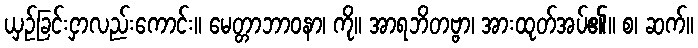
ယှဉ်ခြင်းငှာလည်းကောင်း။ မေတ္တာဘာဝနာ၊ ကို။ အာရဘိတဗ္ဗာ၊ အားထုတ်အပ်၏။ စ၊ ဆက်။